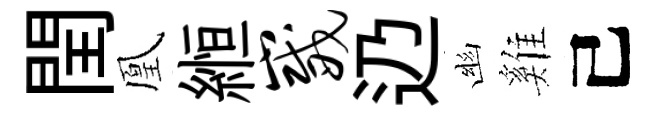
閏凰縆崴辸幽雞己